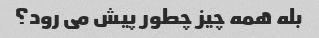
بله همه چیز چطور پیش می رود؟